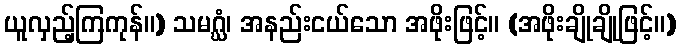
ယူလှည့်ကြကုန်။) သမဂ္ဃံ၊ အနည်းငယ်သော အဖိုးဖြင့်။ (အဖိုးချိုချိုဖြင့်။)